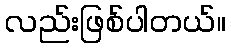
လည်းဖြစ်ပါတယ်။